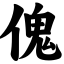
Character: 傀